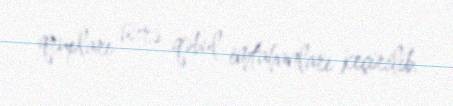
qrupları üzrə qəbul imtahanları keçirilib.